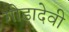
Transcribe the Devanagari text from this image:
गोडादेवी